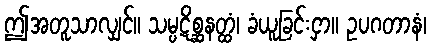
ဤအတူသာလျှင်။ သမ္ပဋိစ္ဆနတ္ထံ၊ ခံယူခြင်းငှာ။ ဥပဂတာနံ၊